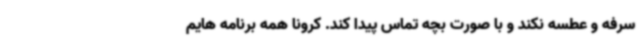
سرفه و عطسه نکند و با صورت بچه تماس پیدا کند. کرونا همه برنامه هایم